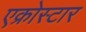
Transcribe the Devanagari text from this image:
एक्रोस्टार